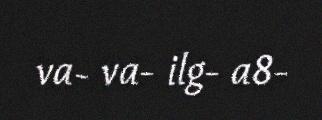
va- va- ilg- a8-